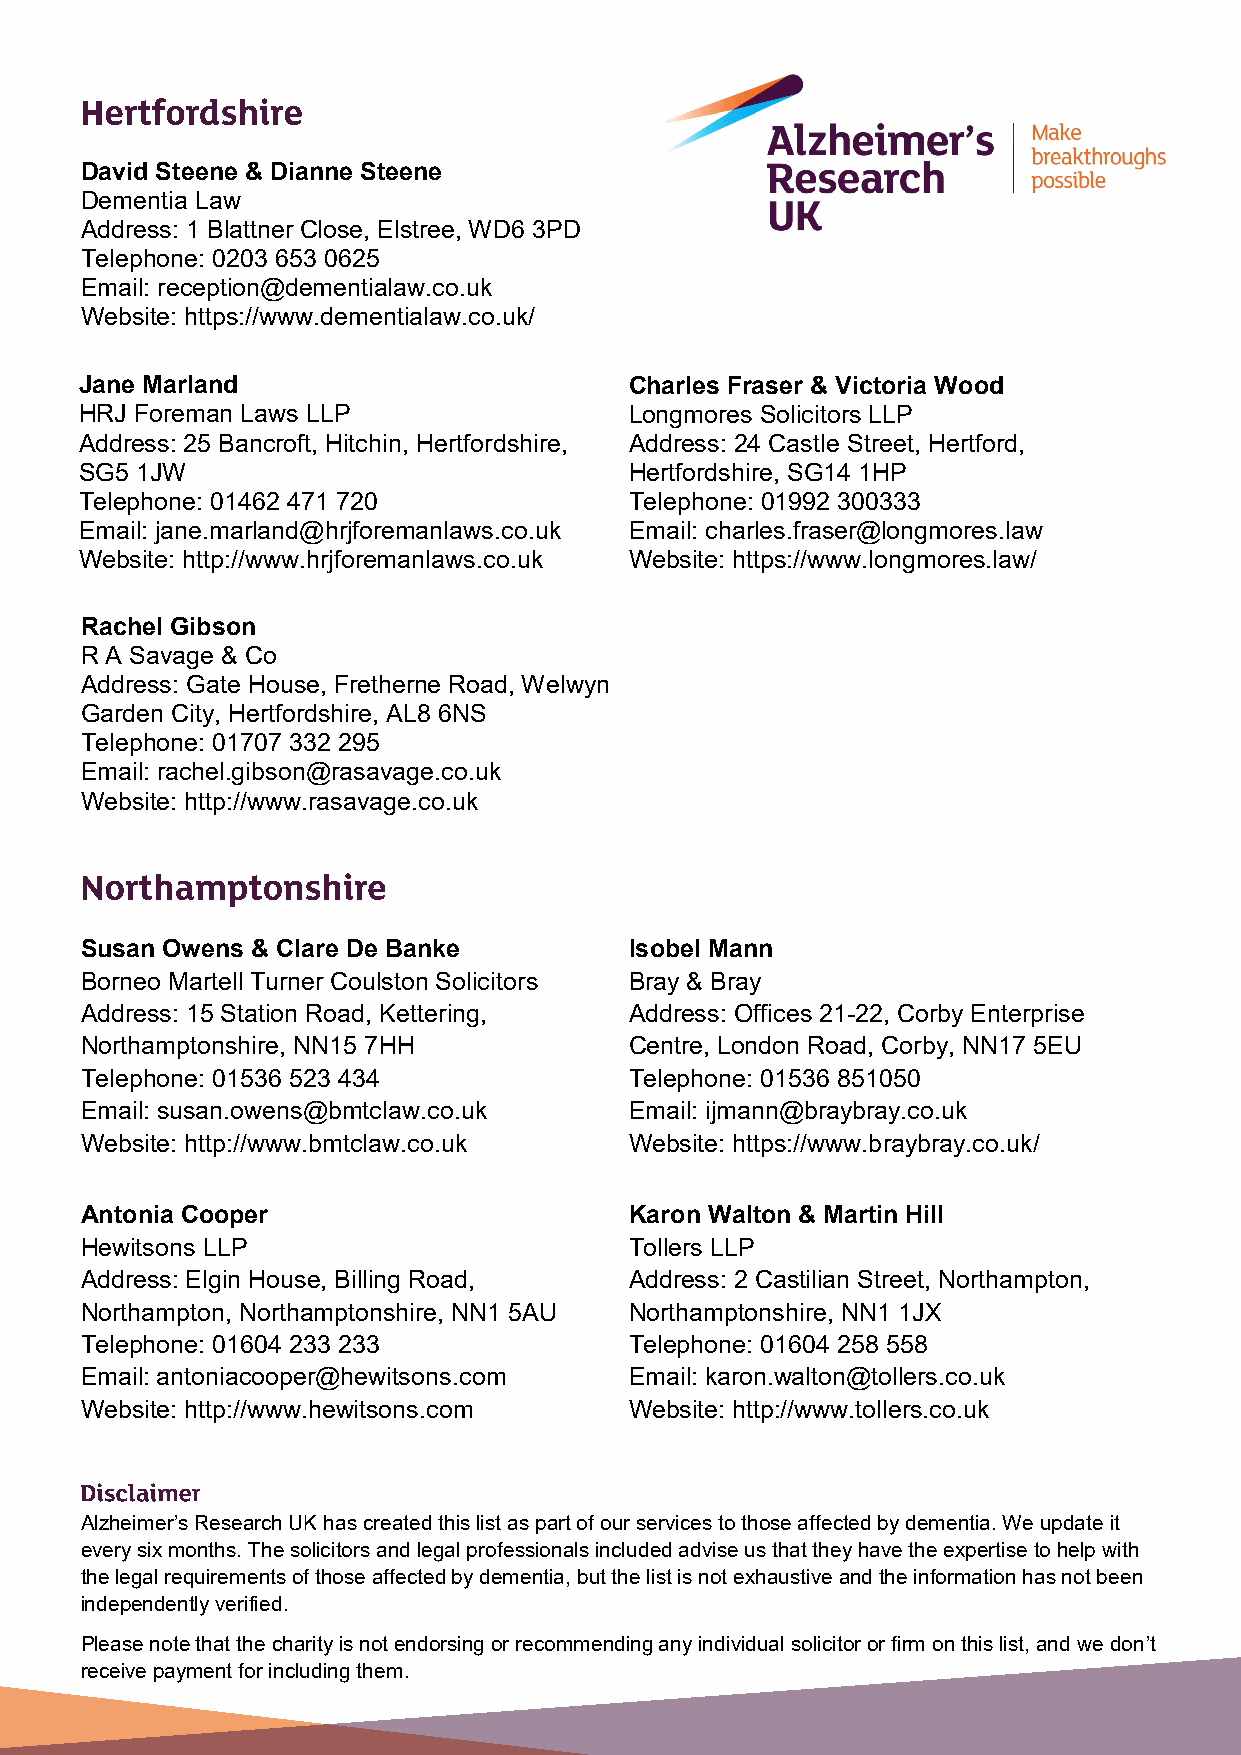
David Steene & Dianne Steene
 Dementia Law
 Address: 1 Blattner Close, Elstree, WD6 3PD
 Telephone: 0203 653 0625
 Email: reception@dementialaw.co.uk
 Website: https://www.dementialaw.co.uk/
 Jane Marland                         Charles Fraser & Victoria Wood
 HRJ Foreman Laws LLP                 Longmores Solicitors LLP
 Address: 25 Bancroft, Hitchin, Hertfordshire, Address: 24 Castle Street, Hertford,
 SG5 1JW                              Hertfordshire, SG14 1HP
 Telephone: 01462 471 720             Telephone: 01992 300333
 Email: jane.marland@hrjforemanlaws.co.uk Email: charles.fraser@longmores.law
 Website: http://www.hrjforemanlaws.co.uk Website: https://www.longmores.law/
 Rachel Gibson
 R A Savage & Co
 Address: Gate House, Fretherne Road, Welwyn
 Garden City, Hertfordshire, AL8 6NS
 Telephone: 01707 332 295
 Email: rachel.gibson@rasavage.co.uk
 Website: http://www.rasavage.co.uk
 Susan Owens & Clare De Banke         Isobel Mann
 Borneo Martell Turner Coulston Solicitors Bray & Bray
 Address: 15 Station Road, Kettering, Address: Offices 21-22, Corby Enterprise
 Northamptonshire, NN15 7HH           Centre, London Road, Corby, NN17 5EU
 Telephone: 01536 523 434             Telephone: 01536 851050
 Email: susan.owens@bmtclaw.co.uk     Email: ijmann@braybray.co.uk
 Website: http://www.bmtclaw.co.uk    Website: https://www.braybray.co.uk/
 Antonia Cooper                       Karon Walton & Martin Hill
 Hewitsons LLP                        Tollers LLP
 Address: Elgin House, Billing Road,  Address: 2 Castilian Street, Northampton,
 Northampton, Northamptonshire, NN1 5AU Northamptonshire, NN1 1JX
 Telephone: 01604 233 233             Telephone: 01604 258 558
 Email: antoniacooper@hewitsons.com   Email: karon.walton@tollers.co.uk
 Website: http://www.hewitsons.com    Website: http://www.tollers.co.uk
 Alzheimer’s Research UK has created this list as part of our services to those affected by dementia. We update it
 every six months. The solicitors and legal professionals included advise us that they have the expertise to help with
 the legal requirements of those affected by dementia, but the list is not exhaustive and the information has not been
 independently verified.
 Please note that the charity is not endorsing or recommending any individual solicitor or firm on this list, and we don’t
 receive payment for including them.